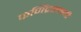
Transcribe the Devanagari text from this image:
फणिंद्रस्वामी